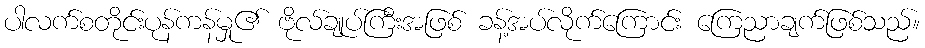
ပါလက်စတိုင်းပုန်ကန်မှု၏ ဗိုလ်ချုပ်ကြီးအဖြစ် ခန့်အပ်လိုက်ကြောင်း ကြေညာချက်ဖြစ်သည်။